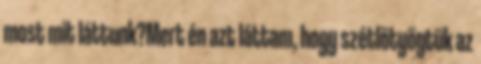
most mit láttunk?Mert én azt láttam, hogy szétlötyögtük az